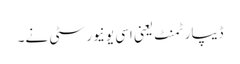
ڈیپارٹمنٹ یعنی اسی یونیورسٹی نے۔